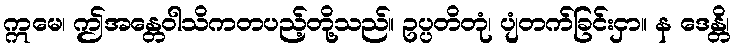
ဣမေ၊ ဤအန္တေဝါသိကတပည့်တို့သည်။ ဥပ္ပတိတုံ၊ ပျံတက်ခြင်းငှာ။ န ဒေန္တိ၊